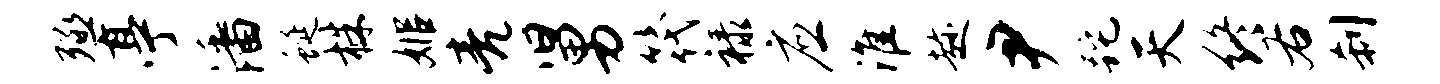
殛亭潘蜒株姬亮舅筏禄应淮趁尹跎天终右刹